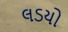
લડયો